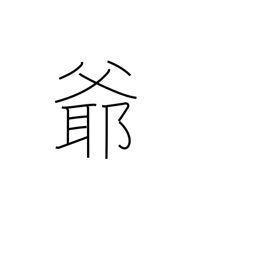
Meaning: grampa